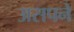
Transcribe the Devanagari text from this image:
असपने